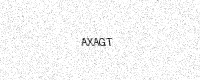
Text: AXAGT